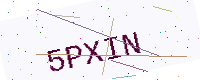
Text: 5PXIN